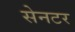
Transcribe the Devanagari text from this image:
सेनटर